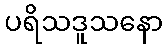
ပရိသဒူသနော